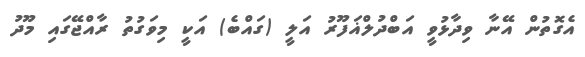
އެގޮތުން އޭނާ ވިދާޅުވީ އަބްދުލްޣަފޫރު އަލީ (ގައްބެ) އަކީ މިވަގުތު ރާއްޖޭގައި މޫދު